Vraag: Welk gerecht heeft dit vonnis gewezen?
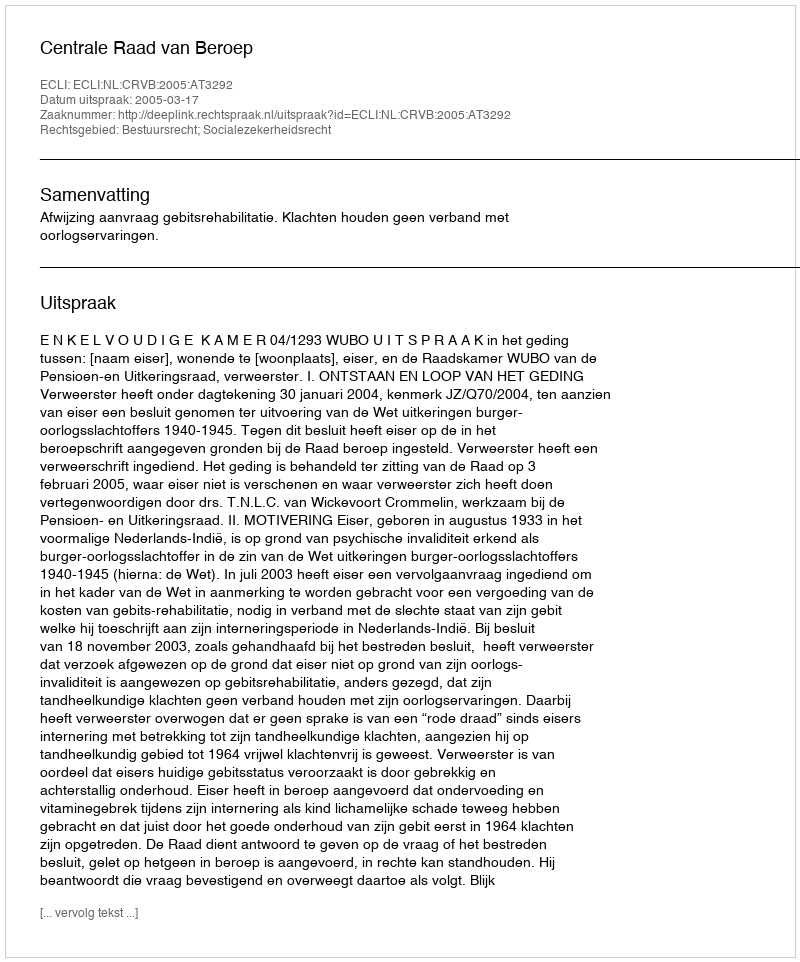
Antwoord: Centrale Raad van Beroep